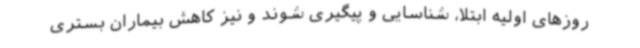
روزهای اولیه ابتلا، شناسایی و پیگیری شوند و نیز کاهش بیماران بستری